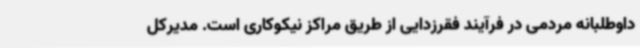
داوطلبانه مردمی در فرآیند فقرزدایی از طریق مراکز نیکوکاری است. مدیرکل